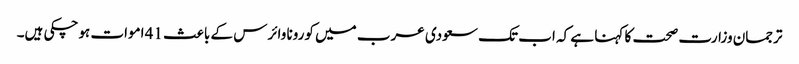
ترجمان وزارت صحت کا کہنا ہے کہ اب تک سعودی عرب میں کورونا وائرس کے باعث 41 اموات ہوچکی ہیں۔